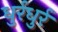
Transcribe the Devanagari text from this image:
धुर्रधुर्र